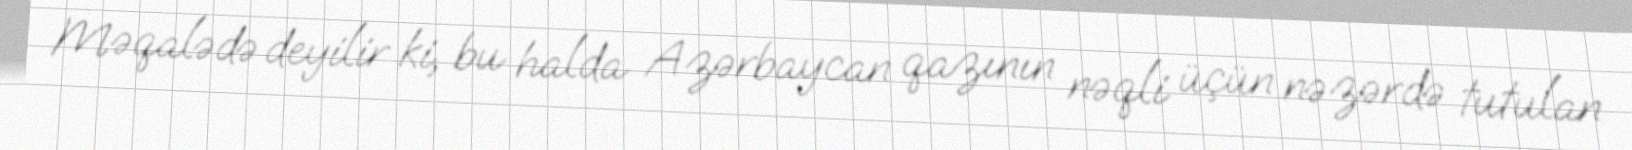
Məqalədə deyilir ki, bu halda Azərbaycan qazının nəqli üçün nəzərdə tutulan